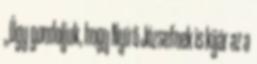
„Úgy gondoljuk, hogy Nyírő Józsefnek is kijár az a